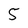
Character: 5